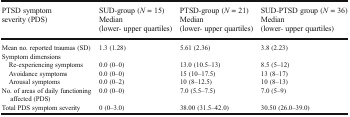
<table><thead><tr><td><b>PTSD symptom severity (PDS)</b></td><td><b>SUD-group (<i>N</i> = 15)Median (lower- upper quartiles)</b></td><td><b>PTSD-group (<i>N</i> = 21)Median (lower- upper quartiles)</b></td><td><b>SUD-PTSD group (<i>N</i> = 36)Median (lower- upper quartiles)</b></td></tr></thead><tbody><tr><td>Mean no. reported traumas (SD)</td><td>1.3 (1.28)</td><td>5.61 (2.36)</td><td>3.8 (2.23)</td></tr><tr><td colspan="4">Symptom dimensions</td></tr><tr><td> Re-experiencing symptoms</td><td>0.0 (0–0)</td><td>13.0 (10.5–13)</td><td>8.5 (5–12)</td></tr><tr><td> Avoidance symptoms</td><td>0.0 (0–0)</td><td>15 (10–17.5)</td><td>13 (8–17)</td></tr><tr><td> Arousal symptoms</td><td>0.0 (0–2)</td><td>10 (8–12.5)</td><td>10 (8–13)</td></tr><tr><td>No. of areas of daily functioning affected (PDS)</td><td>0.0 (0–0)</td><td>7.0 (5.5–7.5)</td><td>7.0 (5–9)</td></tr><tr><td>Total PDS symptom severity</td><td>0 (0–3.0)</td><td>38.00 (31.5–42.0)</td><td>30.50 (26.0–39.0)</td></tr></tbody></table>